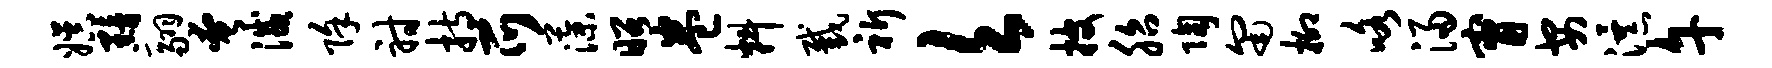
娱黯翮奄灭除射持爪藻昭卷料截祈欠披胎陶匍柳咯浸甯安瀑午